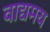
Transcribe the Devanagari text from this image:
वाद्यमय